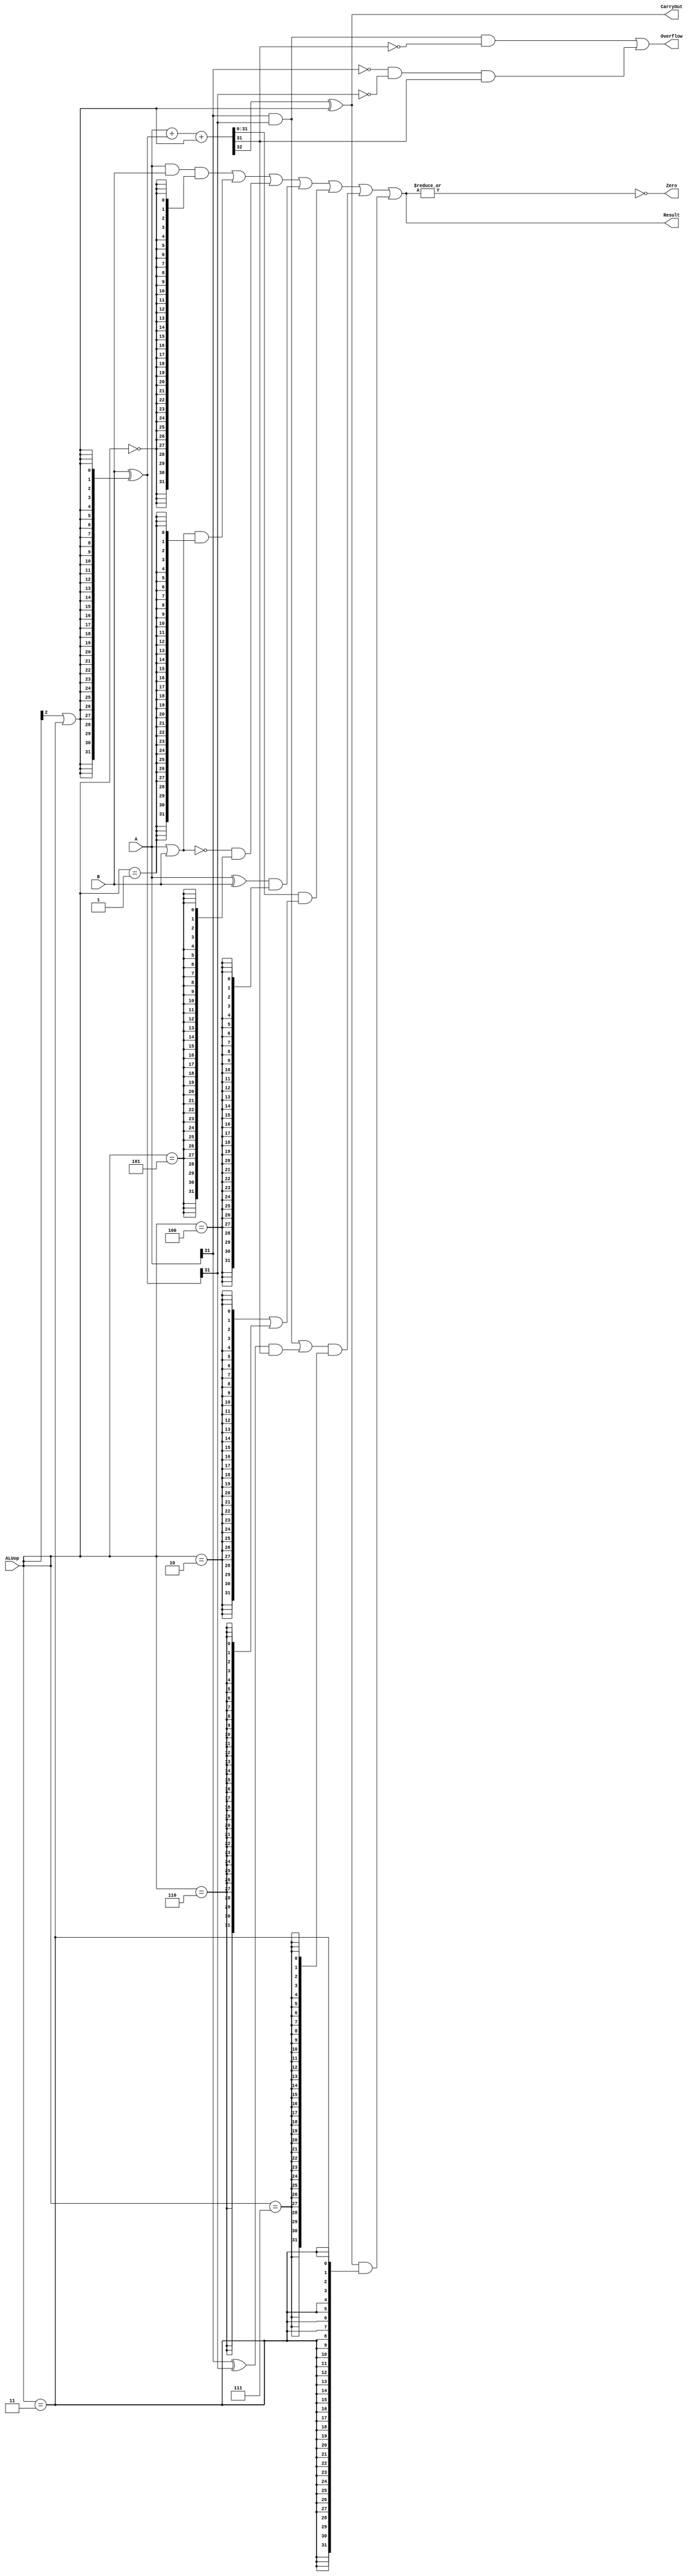
`timescale 10 ns / 1 ns

`define DATA_WIDTH 32

module alu(
	input  [`DATA_WIDTH - 1:0]  A,
	input  [`DATA_WIDTH - 1:0]  B,
	input  [              2:0]  ALUop,
	output                      Overflow,
	output                      CarryOut,
	output                      Zero,
	output [`DATA_WIDTH - 1:0]  Result
);
	// TODO: Please add your logic design here
	parameter AND  = 3'b000;
	parameter OR   = 3'b001;
	parameter XOR  = 3'b100;
	parameter NOR  = 3'b101;
	parameter ADD  = 3'b010;
	parameter SUB  = 3'b110;
	parameter SLT  = 3'b111;
	parameter SLTU = 3'b011;
	parameter MSB = `DATA_WIDTH - 1;

	// a decoder to generate one-hot code
	wire op_and  = (ALUop == AND);
	wire op_or   = (ALUop == OR );
	wire op_xor  = (ALUop == XOR);
	wire op_nor  = (ALUop == NOR);
	wire op_add  = (ALUop == ADD);
	wire op_sub  = (ALUop == SUB);
	wire op_slt  = (ALUop == SLT);
	wire op_sltu = (ALUop == SLTU);

	wire [MSB:0] add_A, add_B; // two operands in adder
	wire [MSB:0] add_result;   // get the results of
	wire [MSB:0] slt_result;   // add/sub, slt, and, or
	wire [MSB:0] sltu_result;
	wire [MSB:0] and_result;
	wire [MSB:0] or_result;
	wire [MSB:0] nor_result;
	wire [MSB:0] xor_result;
	wire cin, cout; 	   // cin is used to select add or sub
	wire sign_A, sign_B; 	   // the signs of add_A, "add_B" and result
	wire sign_result;

	assign cin = ALUop[2] || op_sltu; 		// do subtraction if ALUop is SUB or SLT, that is ALUop[2] = 1
	assign add_B = (B ^ {32{cin}}); // If the cin is 1, add_B will be the inverse of B.
	assign add_A = A;
	assign sign_A = add_A[MSB]; 	// get the signs of add_A, "add_B" and result
	assign sign_B = add_B[MSB];
	assign sign_result = add_result[MSB];
	assign and_result = A & B;
	assign or_result  = A | B;
        assign nor_result = ~ or_result;
        assign xor_result = A ^ B;

	// create an adder with cin and cout
	assign {cout, add_result} = add_A + add_B + cin;

	// judge the result of slt from the signs
	// add_result is negetive if and only if
	// the sign of add_A and add_B(not B) is 1
	// or they have different signs(won't overflow) and
	// the sign of result is 1
	assign slt_result = {31'b0, (sign_A && sign_B) || ((sign_A ^ sign_B) && sign_result)};
	assign sltu_result = {31'b0, CarryOut};

	// a MUX to select which operation result we want to output
	assign Result = (and_result  & {`DATA_WIDTH{op_and}})
		      | (or_result   & {`DATA_WIDTH{op_or }})
		      | (nor_result  & {`DATA_WIDTH{op_nor}})
		      | (xor_result  & {`DATA_WIDTH{op_xor}})
		      | (add_result  & ({`DATA_WIDTH{op_add}} | {`DATA_WIDTH{op_sub}}))
		      | (slt_result  & {`DATA_WIDTH{op_slt}})
		      | (sltu_result & {`DATA_WIDTH{op_sltu}});

	// if CarryOut occurs, it is obvious that cout will be 1 for addition
	// for subtraction, carryout means A < B
	// because of B+~B = 2^k-1, A+~B+1 < 2^k, which means cout = 0
	assign CarryOut = cout ^ cin;

	// two positive operands are added to get a negetive result or
	// two negetive operands are added to get a positive result
	assign Overflow = (sign_A && sign_B && !sign_result) || (!sign_A && !sign_B && sign_result);

	assign Zero = ~(| Result);

endmodule